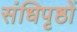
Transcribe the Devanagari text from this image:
संधिपृष्ठों